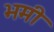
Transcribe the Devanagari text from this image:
भमी